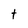
Character: t